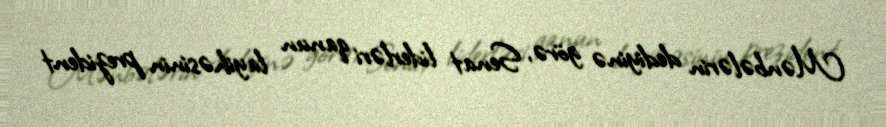
Mənbələrin dediyinə görə, Senat liderləri qanun layihəsinin prezident